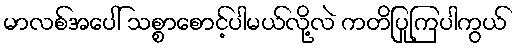
မာလစ်အပေါ် သစ္စာစောင့်ပါမယ်လို့လဲ ကတိပြုကြပါကွယ်